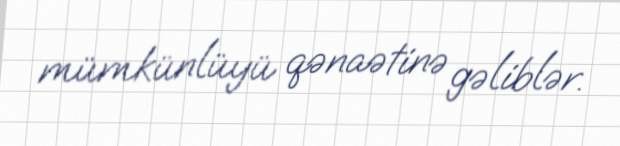
mümkünlüyü qənaətinə gəliblər.